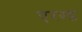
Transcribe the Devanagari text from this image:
एरण्ड